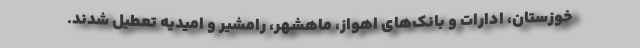
خوزستان، ادارات و بانک‌های اهواز، ماهشهر، رامشیر و امیدیه تعطیل شدند.